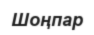
Шоңпар